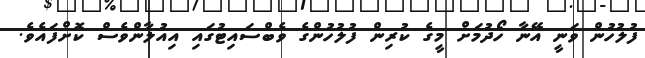
ފުލުހުން ވަނީ އޭނާ ހޯދުމަށް މީގެ ކުރިން ފުލުހުންގެ ވެބްސައިޓުގައި އިއުލާންވެސް ކޮށްފައެވެ.